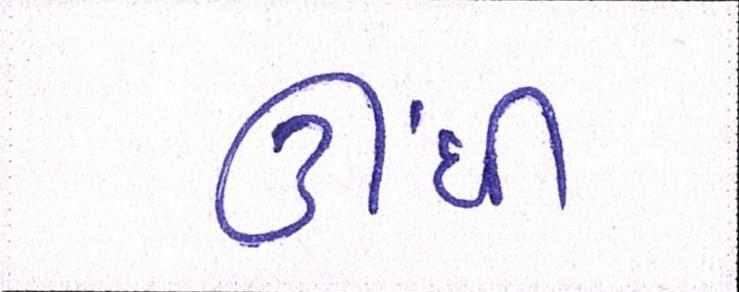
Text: ઊંધી